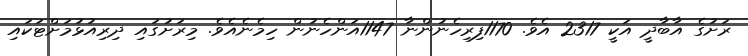
ރަށުގެ އާބާދީ އަކީ 2317 އެވެ. 1170ފިރިހެނުންނާ 1147އަންހެނުން ހިމެނެއެވެ. މިރަށުގައި ދިރިއުޅުމަށްޓަކައި